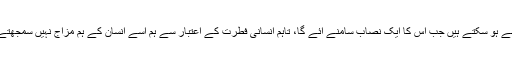
بہرحال اس معاملے کے پروز اینڈ کونز، فوائد اور مضمرات حقیقی طور پر اس وقت ہی طے ہو سکتے ہیں جب اس کا ایک نصاب سامنے آئے گا، تاہم انسانی فطرت کے اعتبار سے ہم اسے انسان کے ہم مزاج نہیں سمجھتے کہ بلوغت سے پہلے بلکہ بعد میں بھی اسے کسی نصاب کی صورت میں پیش کیا جائے۔